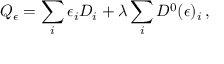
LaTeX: Q _ { \epsilon } = \sum _ { i } \epsilon _ { i } { \cal D } _ { i } + \lambda \sum _ { i } { \cal D } ^ { 0 } ( \epsilon ) _ { i } \, ,